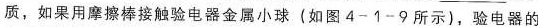
质，如果用摩擦棒接触验电器金属小球(如图4-1-9所示)，验电器的